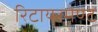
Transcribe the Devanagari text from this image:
रिटायरमेण्ट